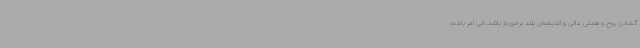
گشادی روح و همتی عالی و اندیشه‌ای بلند برخوردار باشد، انی امر باعث